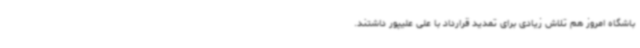
باشگاه امروز هم تلاش زیادی برای تمدید قرارداد با علی علیپور داشتند.